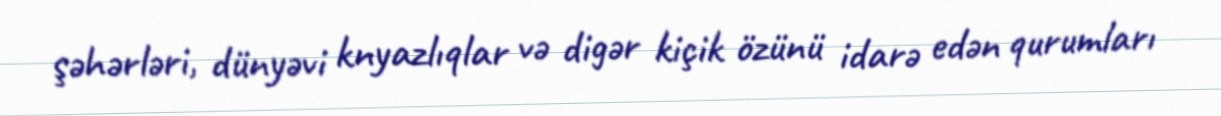
şəhərləri, dünyəvi knyazlıqlar və digər kiçik özünü idarə edən qurumları